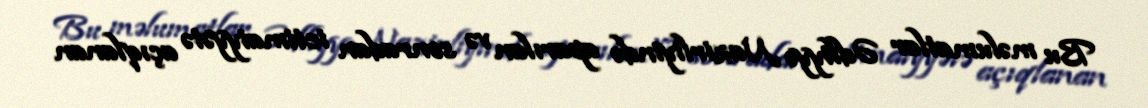
Bu məlumatlar Ədliyyə Nazirliyində aparılan və sonradan ictimaiyyətə açıqlanan